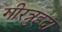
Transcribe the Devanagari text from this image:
गीरत्रुइदा